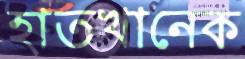
হাতখানেক